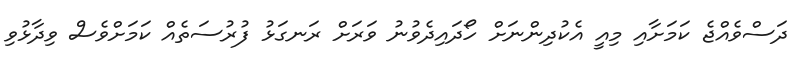
ދަސްވެއްޖެ ކަމަށާއި މިއީ އެކުދިންނަށް ހޯދައިދެވުނު ވަރަށް ރަނގަޅު ފުރުސަތެއް ކަމަށްވެސް ވިދާޅުވި